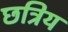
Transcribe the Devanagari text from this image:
छत्रिय